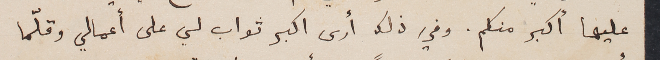
عليها أكبر منكم. وفي ذلك أرى اكبر ثواب لي على أعمالي وقلّما